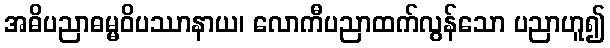
အဓိပညာဓမ္မဝိပဿာနာယ၊ လောကီပညာထက်လွန်သော ပညာဟူ၍